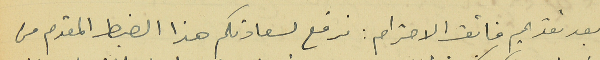
بعد تقديم فائق الاحترام : نرفع لسعادتكم هذا الضبط المقدم من